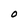
Character: O